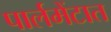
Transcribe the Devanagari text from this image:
पार्लमेंटात